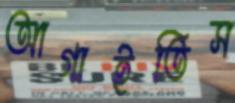
আগাইতিস